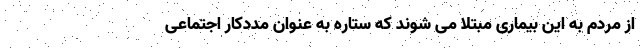
از مردم به این بیماری مبتلا می شوند که ستاره به عنوان مددکار اجتماعی